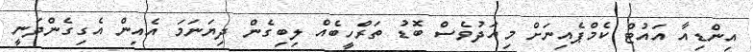
އިންޑިއާ އައުޓް ކެމްޕެއިނަށް މިއަދުވެސް ބޮޑު ތަރްހީބެއް ލިބިގެން ދިޔަނަމަ އެއިން އެގިގެންދަނީ